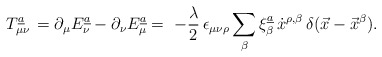
\begin{align*}T_{\mu \nu}\sp{\underline{a}}\,=\partial_{\mu} E^{\underline{a}}_{\nu} -\partial_{\nu} E^{\underline{a}}_{\mu}= \,\,-{\lambda\over 2}\,\epsilon_{\mu\nu\rho}\sum\limits_{\beta} \xi_{\beta}\sp{\underline{a}}\,\dot x\sp{\rho,\beta}\,\delta(\vec{x}-\vec{x}\sp{\beta}).\end{align*}